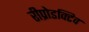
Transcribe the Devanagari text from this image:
रीप्रोडक्टिव